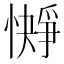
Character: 𪬭